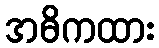
အဓိကထား